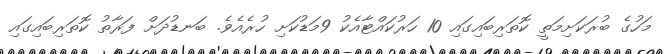
މަހުގެ ބުރަކަށިމަތީ ކޮތަރިބައިގައި 10 ހަރުކައްޓާއެކު 9މަޑުކަށި ހުރެއެވެ. ބަނޑުދަށް ފަރާތު ކޮތަރިބައިގައި